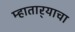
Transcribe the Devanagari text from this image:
म्हातार्‍याचा